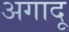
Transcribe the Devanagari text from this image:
अगादू